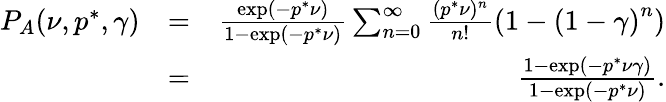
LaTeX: \begin{array}{rlr}{P_{A}(\nu,p^{*},\gamma)}&{=}&{\frac{\exp(-p^{*}\nu)}{1-\exp(-p^{*}\nu)}\sum_{n=0}^{\infty}\frac{(p^{*}\nu)^{n}}{n!}\left(1-\left(1-\gamma\right)^{n}\right)}\\ &{=}&{\frac{1-\exp(-p^{*}\nu\gamma)}{1-\exp(-p^{*}\nu)}.}\end{array}